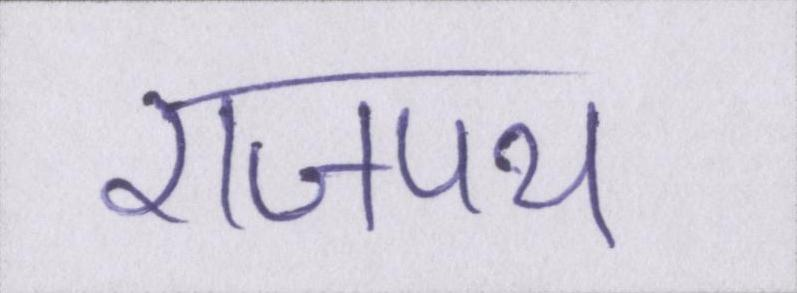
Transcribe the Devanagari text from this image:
राजपथ